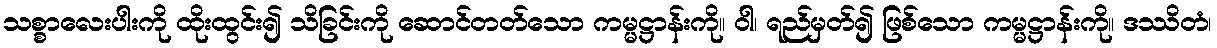
သစ္စာလေးပါးကို ထိုးထွင်း၍ သိခြင်းကို ဆောင်တတ်သော ကမ္မဋ္ဌာန်းကို။ ဝါ၊ ရည်မှတ်၍ ဖြစ်သော ကမ္မဋ္ဌာန်းကို။ ဒဿိတံ၊